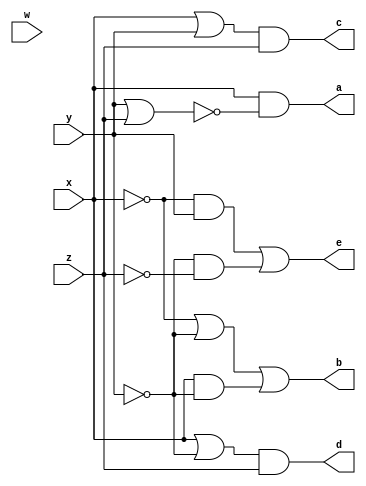
module Guia_0402 (
    output a,
    output b,
    output c,
    output d,
    output e,
    input  x,
    y,
    z,
    w
);
  // Expresso a: x . ( y'+z' )'
  assign a = x & ~(y | z);

  // Expresso b: ( x' + y' ) + ( x . y' )
  assign b = (~x | ~y) | (x & ~y);

  // Expresso c: ( x' . y' )' . z'
  assign c = (x | y) & z;

  // Expresso d: ( x . y' )' . z
  assign d = (x | ~y) & z;

  // Expresso e: ( x' + y ) . ( y' + z')
  assign e = (~x & y) | (~y & ~z);
endmodule  // Guia_0402